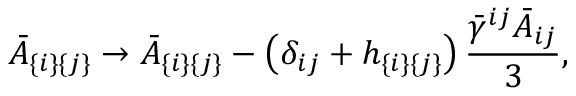
\bar { A } _ { \{ i \} \{ j \} } \to \bar { A } _ { \{ i \} \{ j \} } - \left( \delta _ { i j } + h _ { \{ i \} \{ j \} } \right) \frac { \bar { \gamma } ^ { i j } \bar { A } _ { i j } } { 3 } ,